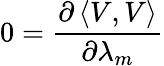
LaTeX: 0=\frac{\partial\left\langle V,V\right\rangle}{\partial\lambda_{m}}